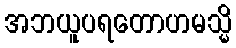
အဘယူပရတောဟမသ္မိ